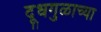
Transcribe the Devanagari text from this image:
दूधगुळाच्या